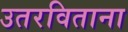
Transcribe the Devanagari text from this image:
उतरविताना